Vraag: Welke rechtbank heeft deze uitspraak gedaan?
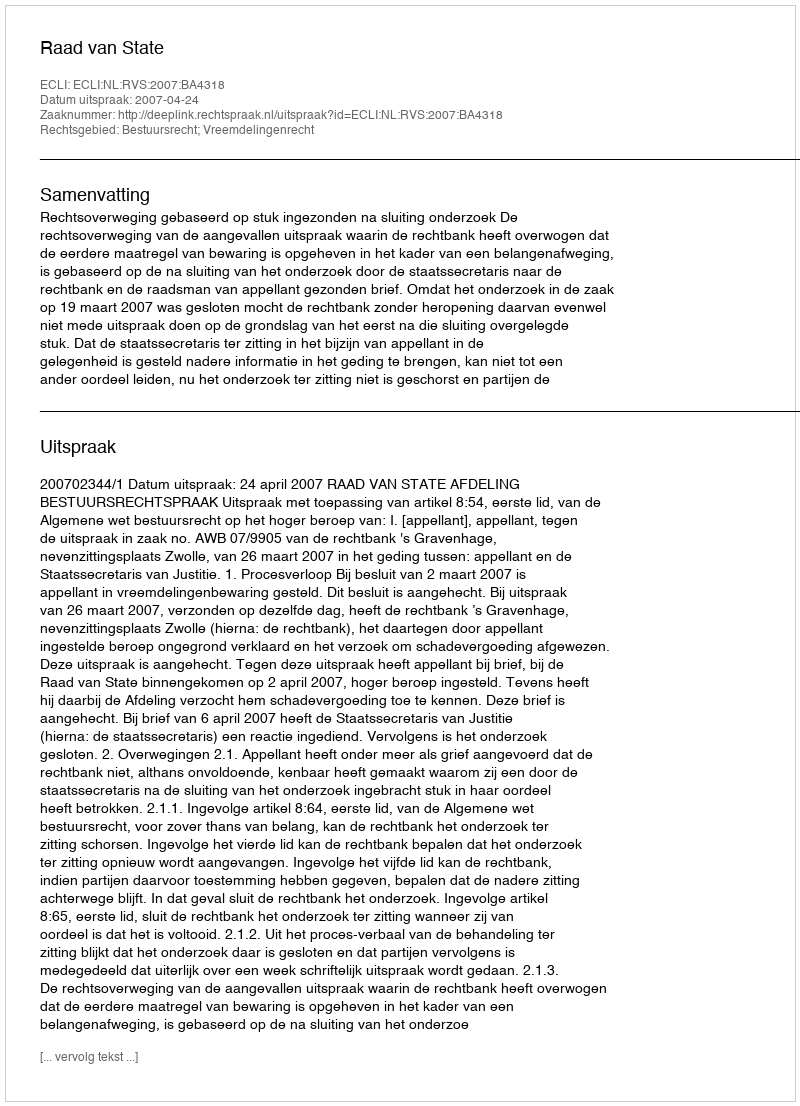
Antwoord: Raad van State